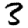
Digit: 3